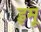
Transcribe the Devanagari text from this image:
इमू